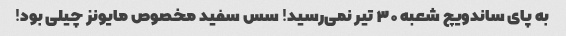
به پای ساندویچ شعبه ۳۰ تیر نمی‌رسید! سس سفید مخصوص مایونز چیلی بود!